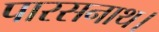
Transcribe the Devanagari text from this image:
पारसनाथ।